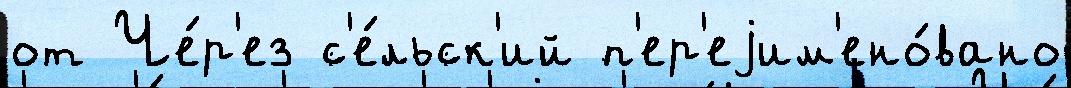
от Че́р'ез с'е́льск'ий п'ер'еjим'ено́вано